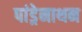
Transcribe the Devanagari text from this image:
पांड्रेनाथन